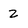
Character: 2